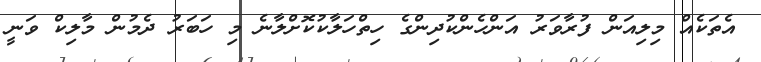
އެތަކެއް މިލިއަން ފުރާވަރު އަންހެންކުދިންގެ ހިތްހަލާކުކޮށްލާނެ މި ހަބަރު ދެމުން މާލިކް ވަނީ